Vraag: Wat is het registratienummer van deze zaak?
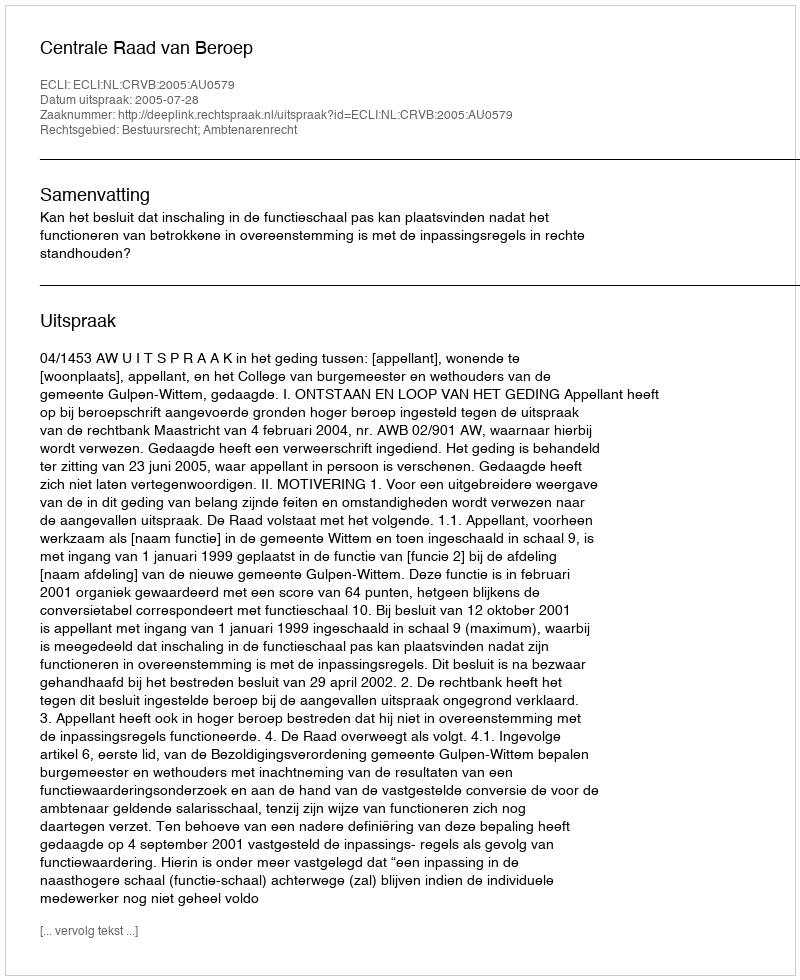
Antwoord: http://deeplink.rechtspraak.nl/uitspraak?id=ECLI:NL:CRVB:2005:AU0579